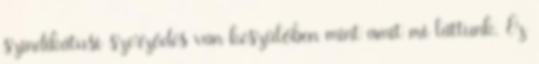
szindikátusi szerződés van készülőben mint amit mi láttunk. Ez